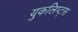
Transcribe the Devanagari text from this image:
युकलिप्ट्स